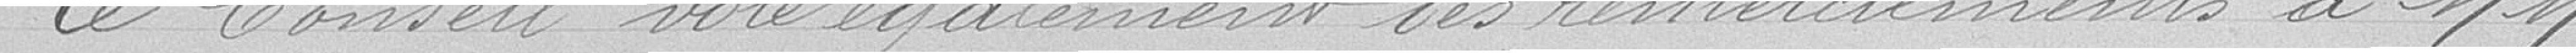
Le Conseil vote également des remerciements à Messieurs